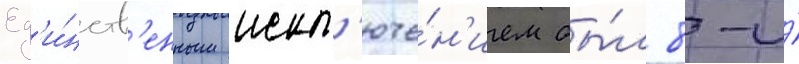
Ед'и́нств'енным искл'юче́н'ием бы́л 8-и́